Indian journal of veterinary science and animal husbandry - Volumes 22-23, 1952-1953
Year: 1952
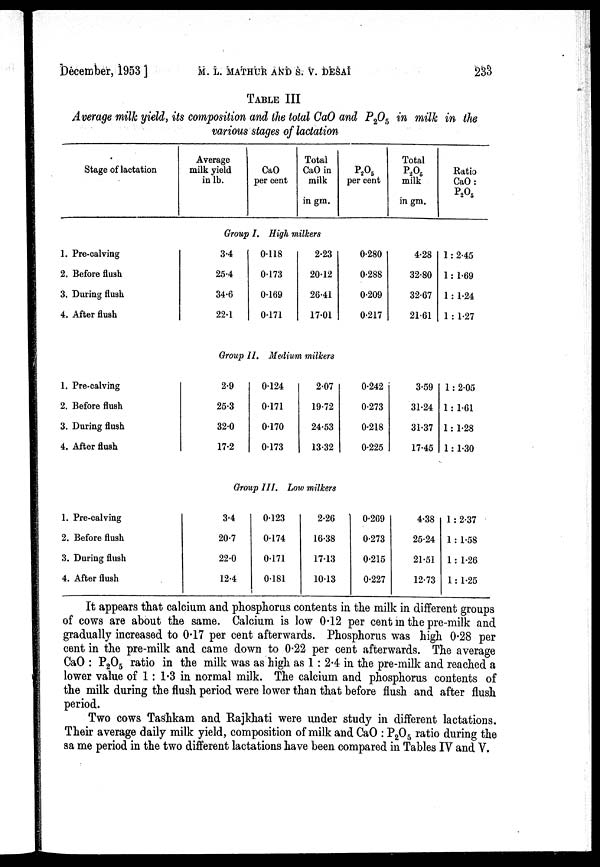
December, 1953 ]
M.
L.
MATHUR
AND
S.
V.
DESAI
233
TABLE III
Average milk yield, its composition and the total CaO and P 2 O 5 in milk in the
various stages of lactation
Stage of lactation
1. Pre-calving
2. Before flush
3. During flush
4. After flush
1. Pre-calving
2. Before flush
3. During flush
4. After flush
1. Pre-calving
2. Before flush
3. During flush
4. After flush
Average
milk yield
in lb.
CaO
per cent
Total
CaO in
milk
in gm.
Group I. High milkers
3.4
25.4
34.6
22.1
0.118
0.173
0.169
0.171
2.23
20.12
26.41
17.01
Group II. Medium milkers
2.9
25.3
32.0
17.2
0.124
0.171
0.170
0.173
2.07
19.72
24.53
13.32
Group III. Low milkers
3.4
20.7
22.0
12.4
0.123
0.174
0.171
0.181
2.26
16.38
17.13
10.13
P 2 O 5
per cent
0.280
0.288
0.209
0.217
0.242
0.273
0.218
0.225
0.269
0.273
0.215
0.227
Total
P 2 O 5
milk
in gm.
4.28
32.80
32.67
21.61
3.59
31.24
31.37
17.45
4.38
25.24
21.51
12.73
Ratio
CaO :
P 2 O 5
1 : 2.45
1 : 1.69
1 : 1.24
1 : 1.27
1 : 2.05
1 : 1.61
1 : 1.28
1 : 1.30
1 : 2.37
1 : 1.58
1 : 1.26
1 : 1.25
It appears that calcium and phosphorus contents in the milk in different groups
of cows are about the same. Calcium is low 0.12 per cent in the pre-milk and
gradually increased to 0.17 per cent afterwards. Phosphorus was high 0.28 per
cent in the pre-milk and came down to 0.22 per cent afterwards. The average
CaO : P 2 O 5 ratio in the milk was as high as 1 : 2.4 in the pre-milk and reached a
lower value of 1 : 1.3 in normal milk. The calcium and phosphorus contents of
the milk during the flush period were lower than that before flush and after flush
period.
Two cows Tashkam and Rajkhati were under study in different lactations.
Their average daily milk yield, composition of milk and CaO : P 2 O 5 ratio during the
sa me period in the two different lactations have been compared in Tables IV and V.